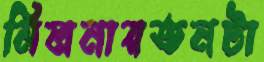
মিলনায়তনটা